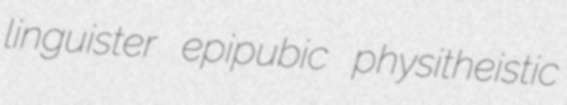
linguister epipubic physitheistic